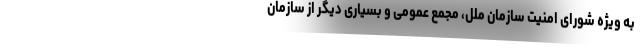
به ویژه شورای امنیت سازمان ملل، مجمع عمومی و بسیاری دیگر از سازمان